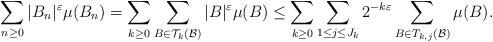
LaTeX: \begin{align*}\sum_{n\geq 0}\vert B_n \vert^{\varepsilon}\mu(B_n)=\sum_{k\geq 0}\sum_{B\in\mathcal{T}_k (\mathcal{B})}\vert B \vert^{\varepsilon}\mu(B)\leq \sum_{k\geq 0}\sum_{1\leq j\leq J_k}2^{-k\varepsilon}\sum_{B\in T_{k,j} (\mathcal{B})} \mu(B).\end{align*}